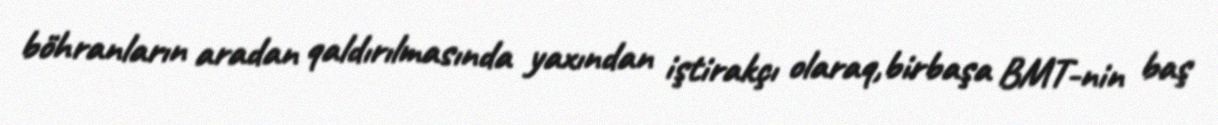
böhranların aradan qaldırılmasında yaxından iştirakçı olaraq,birbaşa BMT-nin baş